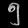
Digit: ၅